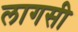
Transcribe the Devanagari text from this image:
लागसी